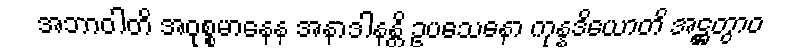
အဘာဝါတိ အဝုစ္စမာနေန အနာဒါနန္တိ ဥပသေနော ကုန္နဒိယောတိ အဋ္ဌတွာဝ